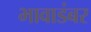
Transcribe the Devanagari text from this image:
भावाडंबर